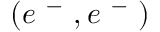
( e ^ { \mathrm { ~ - ~ } } , e ^ { \mathrm { ~ - ~ } } )